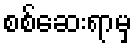
စစ်ဆေးရာမှ